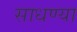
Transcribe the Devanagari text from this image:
साधण्या